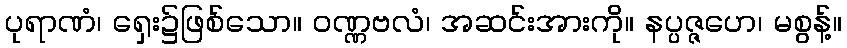
ပုရာဏံ၊ ရှေး၌ဖြစ်သော။ ဝဏ္ဏဗလံ၊ အဆင်းအားကို။ နပ္ပဇ္ဇဟေ၊ မစွန့်။